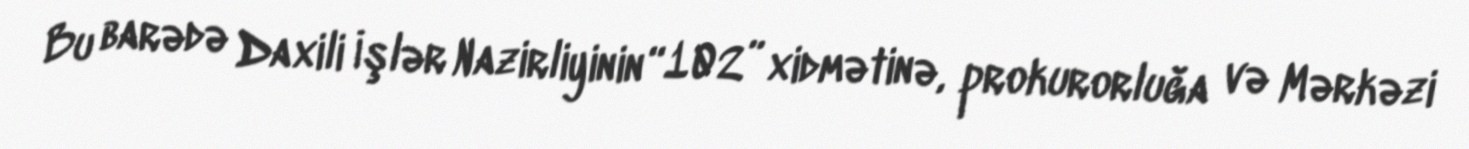
Bu barədə Daxili İşlər Nazirliyinin “102” xidmətinə, prokurorluğa və Mərkəzi